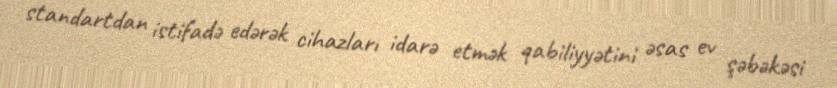
standartdan istifadə edərək cihazları idarə etmək qabiliyyətini əsas ev şəbəkəsi